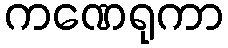
ကဏေရုကာ